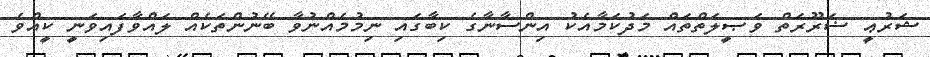
ޝަރުޢީ ޟަރޫރަތް ވަޞީލަތްތައް މަދުކަމާއެކު އިންސާނާގެ ކިބާގައި ނިމުމެއްނުވާ ބޭނުންތަކެއް ލައްވާފައިވަނީ ކީއްވެ